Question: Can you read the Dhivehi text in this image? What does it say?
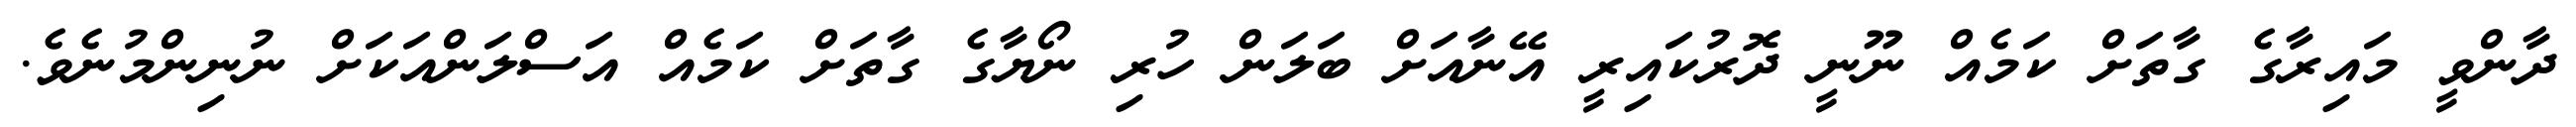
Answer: ދާންވީ މައިރާގެ ގާތަށް ކަމެއް ނޫނީ ދޮރުކައިރީ އޭނާއަށް ބަލަން ހުރި ނޯޔާގެ ގާތަށް ކަމެއް އަސްލަންއަކަށް ނުނިންމުނެވެ.